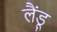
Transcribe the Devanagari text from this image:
लैंडू